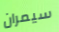
سيمران